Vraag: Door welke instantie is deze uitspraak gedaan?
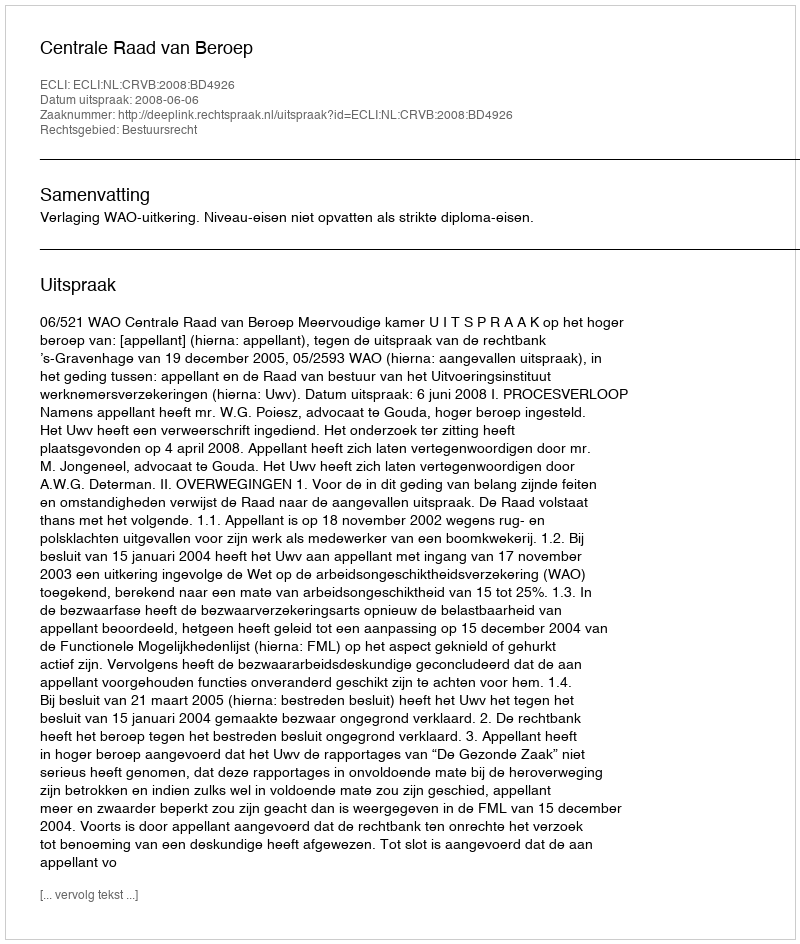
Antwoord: Centrale Raad van Beroep